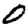
Digit: 0